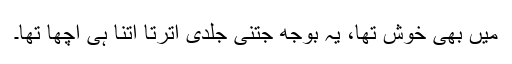
میں بھی خوش تھا، یہ بوجھ جتنی جلدی اترتا اتنا ہی اچھا تھا۔